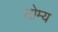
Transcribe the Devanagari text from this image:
सोम्य